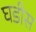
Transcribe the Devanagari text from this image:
घडीस